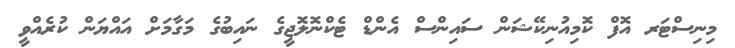
މިނިސްޓަރ އޮފް ކޮމިއުނިކޭޝަން ސައިންސް އެންޑް ޓެކްނޮލޮޖީގެ ނައިބުގެ މަގާމަށް އައްޔަން ކުރެއްވީ